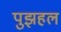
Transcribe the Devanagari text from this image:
पुझहल